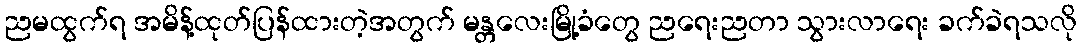
ညမထွက်ရ အမိန့်ထုတ်ပြန်ထားတဲ့အတွက် မန္တလေးမြို့ခံတွေ ညရေးညတာ သွားလာရေး ခက်ခဲရသလို